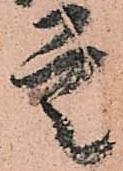
定